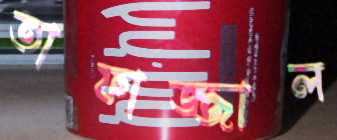
তাফাজ্জাল